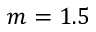
m = 1 . 5